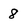
Character: 8